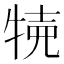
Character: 𤙸